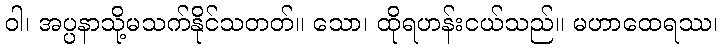
ဝါ၊ အပ္ပနာသို့မသက်နိုင်သတတ်။ သော၊ ထိုရဟန်းငယ်သည်။ မဟာထေရဿ၊